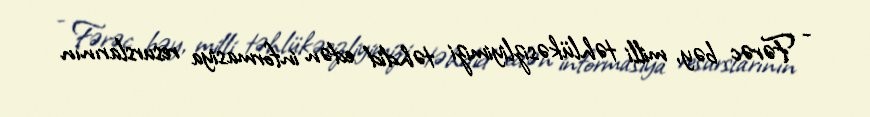
- Fərəc bəy, milli təhlükəsizliyimizi təhdid edən informasiya resurslarının